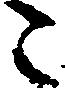
々